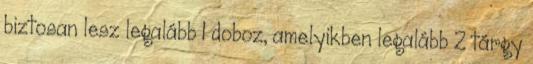
biztosan lesz legalább 1 doboz, amelyikben legalább 2 tárgy